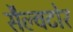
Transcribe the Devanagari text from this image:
सैल्वटोर